Investigations on Bengal jail dietaries - Number 37
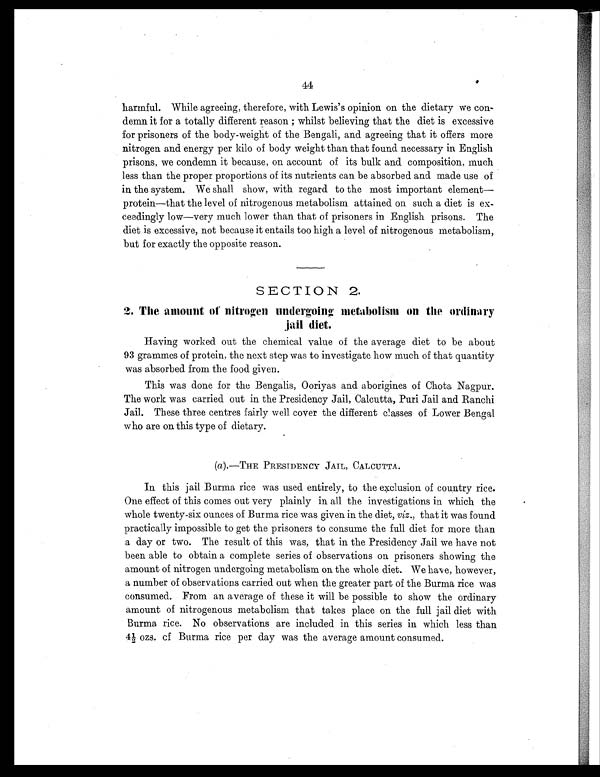
44
harmful. While agreeing, therefore, with Lewis's opinion on the dietary we con-
demn it for a totally different reason ; whilst believing that the diet is excessive
for prisoners of the body-weight of the Bengali, and agreeing that it offers more
nitrogen and energy per kilo of body weight than that found necessary in English
prisons, we condemn it because, on account of its bulk and composition, much
less than the proper proportions of its nutrients can be absorbed and made use of
in the system. We shall show, with regard to the most important element
—protein—that the level of nitrogenous metabolism attained on such a diet is ex-
ceedingly low—very much lower than that of prisoners in English prisons. The
diet is excessive, not because it entails too high a level of nitrogenous metabolism,
but for exactly the opposite reason.
SECTION 2.
2. The amount of nitrogen undergoing metabolism on the ordinary
jail diet.
Having worked out the chemical value of the average diet to be about
93 grammes of protein, the next step was to investigate how much of that quantity
was absorbed from the food given.
This was done for the Bengalis, Ooriyas and aborigines of Chota Nagpur.
The work was carried out in the Presidency Jail, Calcutta, Puri Jail and Ranchi
Jail. These three centres fairly well cover the different classes of Lower Bengal
who are on this type of dietary.
(a).—THE PRESIDENCY JAIL, CALCUTTA.
In this jail Burma rice was used entirely, to the exclusion of country rice.
One effect of this comes out very plainly in all the investigations in which the
whole twenty-six ounces of Burma rice was given in the diet, viz ., that it was found
practically impossible to get the prisoners to consume the full diet for more than
a day or two. The result of this was, that in the Presidency Jail we have not
been able to obtain a complete series of observations on prisoners showing the
amount of nitrogen undergoing metabolism on the whole diet. We have, however,
a number of observations carried out when the greater part of the Burma rice was
consumed. From an average of these it will be possible to show the ordinary
amount of nitrogenous metabolism that takes place on the full jail diet with
Burma rice. No observations are included in this series in which less than
4 1/ 2o z s . o f B u r m a r i c e p e r d a y w a s t h e a v e r a g e a m o u n t c o n s u m e d .